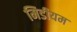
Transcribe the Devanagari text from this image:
मिडीयम